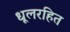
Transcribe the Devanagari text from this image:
धूलरहित